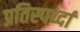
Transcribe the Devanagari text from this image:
प्रतिस्पर्ध्दा